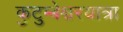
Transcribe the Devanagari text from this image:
कुटुम्बेश्वरयात्रा